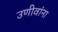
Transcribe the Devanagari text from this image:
उणीवांना